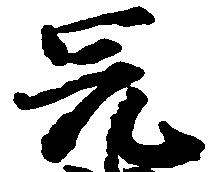
兄